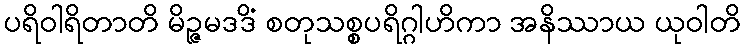
ပရိဝါရိတာတိ မိဉ္ဇမဒဒိံ စတုသစ္စပရိဂ္ဂါဟိကာ အနိဿာယ ယုဝါတိ